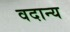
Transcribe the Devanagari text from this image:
वदान्य